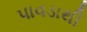
પાવડાથી